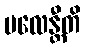
ပလေန္တီတိ